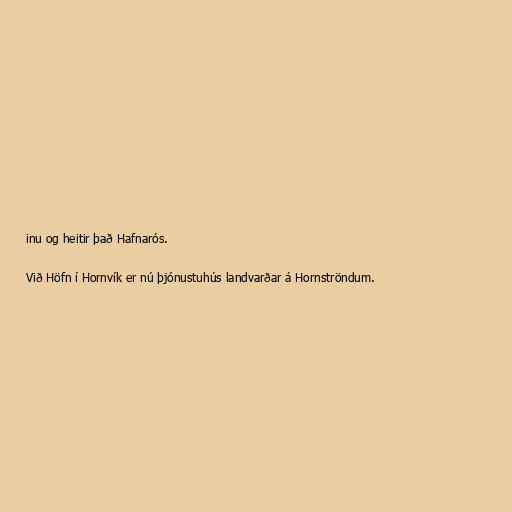
inu og heitir það Hafnarós.

Við Höfn í Hornvík er nú þjónustuhús landvarðar á Hornströndum.